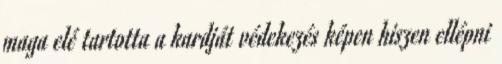
maga elé tartotta a kardját védekezés képen hiszen ellépni